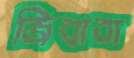
জিবাবা